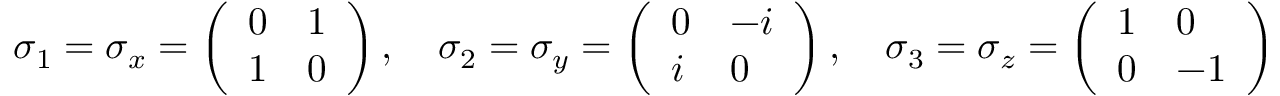
\sigma _ { 1 } = \sigma _ { x } = { \left( \begin{array} { l l } { 0 } & { 1 } \\ { 1 } & { 0 } \end{array} \right) } \, , \quad \sigma _ { 2 } = \sigma _ { y } = { \left( \begin{array} { l l } { 0 } & { - i } \\ { i } & { 0 } \end{array} \right) } \, , \quad \sigma _ { 3 } = \sigma _ { z } = { \left( \begin{array} { l l } { 1 } & { 0 } \\ { 0 } & { - 1 } \end{array} \right) }